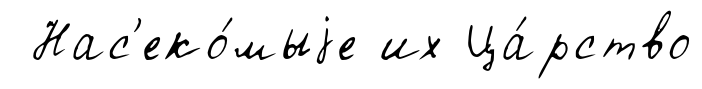
Нас'еко́мыjе их Ца́рство